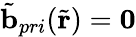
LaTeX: \tilde{\mathbf{b}}_{pri}(\tilde{\mathbf{r}})=\mathbf{0}